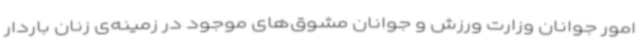
امور جوانان وزارت ورزش و جوانان مشوق‌های موجود در زمینه‌ی زنان باردار